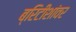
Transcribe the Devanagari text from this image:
ब्रिटीशांवर